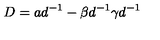
D = a d ^ { - 1 } - \beta d ^ { - 1 } \gamma d ^ { - 1 }